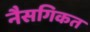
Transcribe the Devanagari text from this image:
नैसगिकत